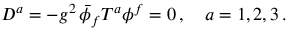
D ^ { a } = - g ^ { 2 } \, \bar { \phi } _ { f } T ^ { a } \phi ^ { f } = 0 \, , \quad a = 1 , 2 , 3 \, .